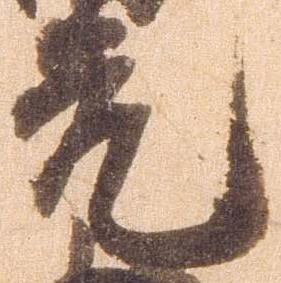
元